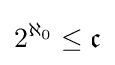
2^{\aleph _{0}}\leq {\mathfrak {c}}